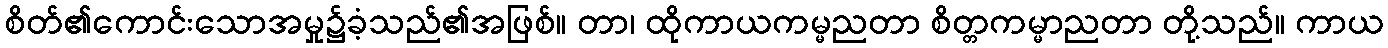
စိတ်၏ကောင်းသောအမှု၌ခံ့သည်၏အဖြစ်။ တာ၊ ထိုကာယကမ္မညတာ စိတ္တကမ္မာညတာ တို့သည်။ ကာယ